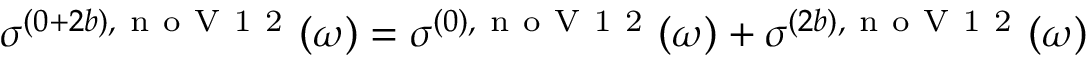
\sigma ^ { ( 0 + 2 b ) , \mathrm { ~ n ~ o ~ V ~ 1 ~ 2 ~ } } ( \omega ) = \sigma ^ { ( 0 ) , \mathrm { ~ n ~ o ~ V ~ 1 ~ 2 ~ } } ( \omega ) + \sigma ^ { ( 2 b ) , \mathrm { ~ n ~ o ~ V ~ 1 ~ 2 ~ } } ( \omega )